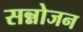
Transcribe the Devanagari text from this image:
सन्नोजन